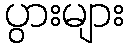
ပွားများ